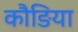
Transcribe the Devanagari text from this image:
कौङिया